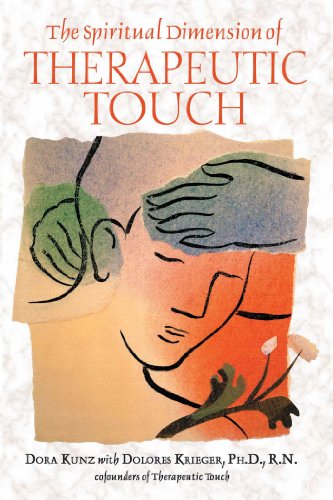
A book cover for The Spiritual Dimension of Therapeutic Touch; Dora Kunz; Health, Fitness & Dieting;